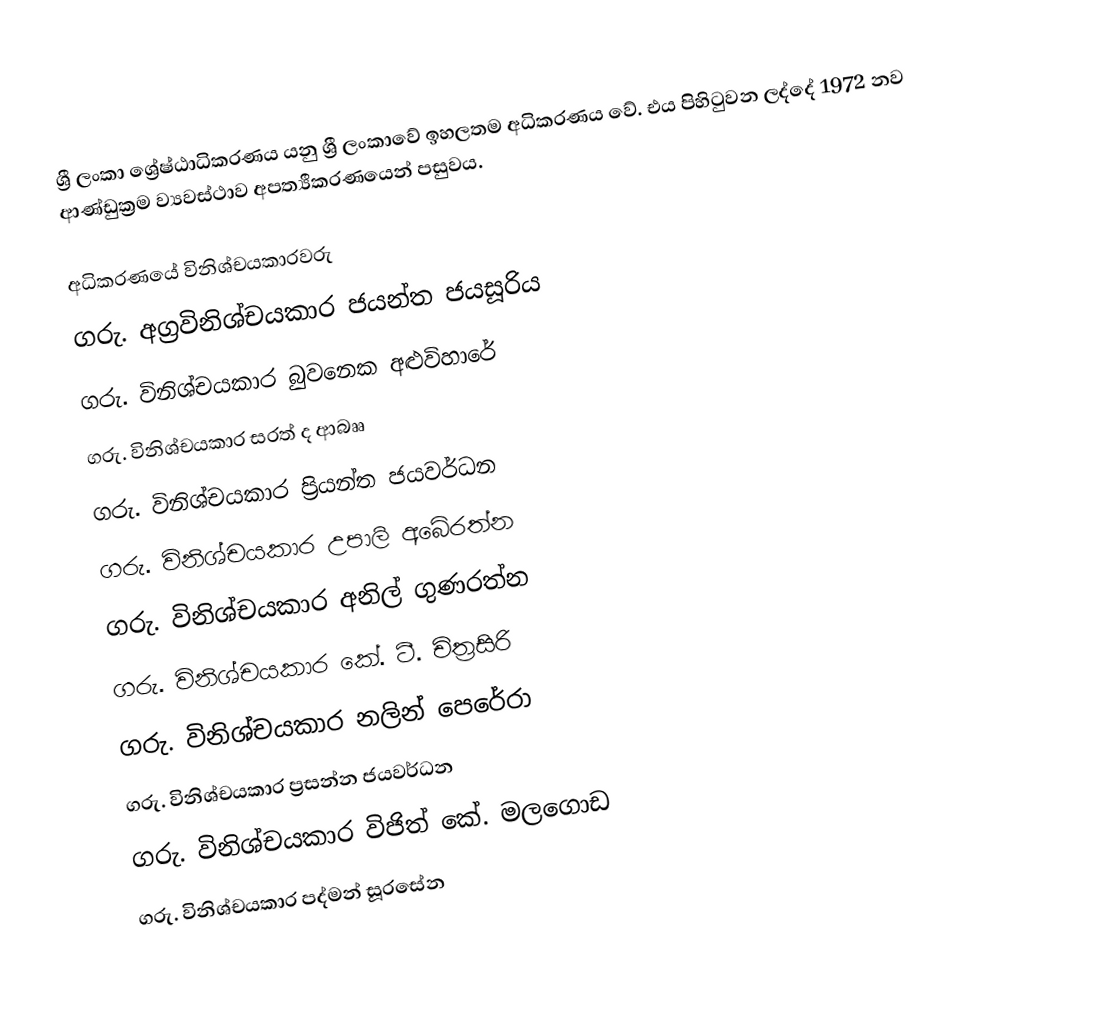
ශ්‍රී ලංකා ශ්‍රේෂ්ඨාධිකරණය යනු ශ්‍රී ලංකාවේ ඉහලතම අධිකරණය වේ. එය පිහිටුවන ලද්දේ 1972 නව ආණ්ඩුක්‍රම ව්‍යවස්ථාව අපත්‍යීකරණයෙන් පසුවය.

අධිකරණයේ විනිශ්චයකාරවරු
 ගරු. අග්‍රවිනිශ්චයකාර ජයන්ත ජයසූරිය
 ගරු. විනිශ්චයකාර බුවනෙක අළුවිහාරේ
 ගරු. විනිශ්චයකාර සරත් ද ආබෲ
 ගරු. විනිශ්චයකාර ප්‍රියන්ත ජයවර්ධන
 ගරු. විනිශ්චයකාර උපාලි අබේරත්න
 ගරු. විනිශ්චයකාර අනිල් ගුණරත්න
 ගරු. විනිශ්චයකාර කේ. ටී. චිත්‍රසිරි
 ගරු. විනිශ්චයකාර නලින් පෙරේරා
 ගරු. විනිශ්චයකාර ප්‍රසන්න ජයවර්ධන
 ගරු. විනිශ්චයකාර විජිත් කේ. මලගොඩ
ගරු. විනිශ්චයකාර පද්මන් සූරසේන